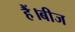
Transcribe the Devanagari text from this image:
हैं।बीज